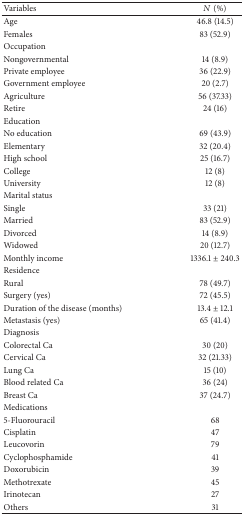
<table><thead><tr><td><b>Variables </b></td><td><b><i>N</i> (%)</b></td></tr></thead><tbody><tr><td>Age</td><td>46.8 (14.5)</td></tr><tr><td>Females</td><td>83 (52.9)</td></tr><tr><td colspan="2">Occupation</td></tr><tr><td>Nongovernmental</td><td>14 (8.9)</td></tr><tr><td>Private employee</td><td>36 (22.9)</td></tr><tr><td>Government employee</td><td>20 (2.7)</td></tr><tr><td>Agriculture</td><td>56 (37.33)</td></tr><tr><td>Retire</td><td>24 (16)</td></tr><tr><td colspan="2">Education</td></tr><tr><td>No education</td><td>69 (43.9)</td></tr><tr><td>Elementary</td><td>32 (20.4)</td></tr><tr><td>High school</td><td>25 (16.7)</td></tr><tr><td>College</td><td>12 (8)</td></tr><tr><td>University</td><td>12 (8)</td></tr><tr><td colspan="2">Marital status</td></tr><tr><td>Single</td><td>33 (21)</td></tr><tr><td>Married</td><td>83 (52.9)</td></tr><tr><td>Divorced</td><td>14 (8.9)</td></tr><tr><td>Widowed</td><td>20 (12.7)</td></tr><tr><td>Monthly income</td><td>1336.1 ± 240.3</td></tr><tr><td colspan="2">Residence</td></tr><tr><td>Rural</td><td>78 (49.7)</td></tr><tr><td>Surgery (yes)</td><td>72 (45.5)</td></tr><tr><td>Duration of the disease (months)</td><td>13.4 ± 12.1</td></tr><tr><td>Metastasis (yes)</td><td>65 (41.4)</td></tr><tr><td colspan="2">Diagnosis</td></tr><tr><td>Colorectal Ca</td><td>30 (20)</td></tr><tr><td>Cervical Ca</td><td>32 (21.33)</td></tr><tr><td>Lung Ca</td><td>15 (10)</td></tr><tr><td>Blood related Ca</td><td>36 (24)</td></tr><tr><td>Breast Ca</td><td>37 (24.7)</td></tr><tr><td colspan="2">Medications</td></tr><tr><td>5-Fluorouracil</td><td>68</td></tr><tr><td>Cisplatin</td><td>47</td></tr><tr><td>Leucovorin</td><td>79</td></tr><tr><td> Cyclophosphamide</td><td>41</td></tr><tr><td>Doxorubicin</td><td>39</td></tr><tr><td>Methotrexate</td><td>45</td></tr><tr><td>Irinotecan</td><td>27</td></tr><tr><td>Others</td><td>31</td></tr></tbody></table>